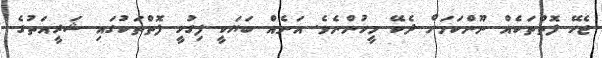
ޖެހޭ ފޮތްތަކެއް ނޫންކަމަށް ދެކޭ މީހުންނެވެ. އަނެއް ބަޔަކީ ފިގުހީ ފޮތްތަކުގައި ޝަރީއަތުގެ